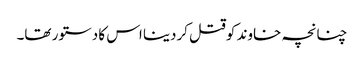
چنانچہ خاوند کوقتل کردینا اس کا دستور تھا۔